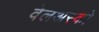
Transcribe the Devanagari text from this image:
वेलअस्को